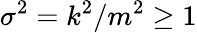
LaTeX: \sigma^{2}=k^{2}/m^{2}\ge 1